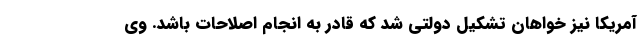
آمریکا نیز خواهان تشکیل دولتی شد که قادر به انجام اصلاحات باشد. وی